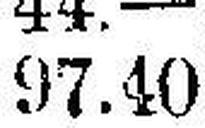
97.40